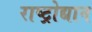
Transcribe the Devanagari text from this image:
राष्ट्रोद्यान